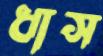
ধাস